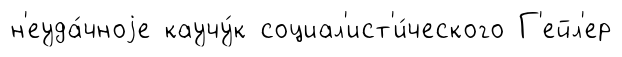
н'еуда́чноjе каучу́к социал'ист'и́ческого Г'ейл'ер